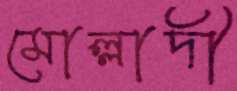
মোল্লাদী